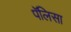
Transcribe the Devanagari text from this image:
पॅलिसा